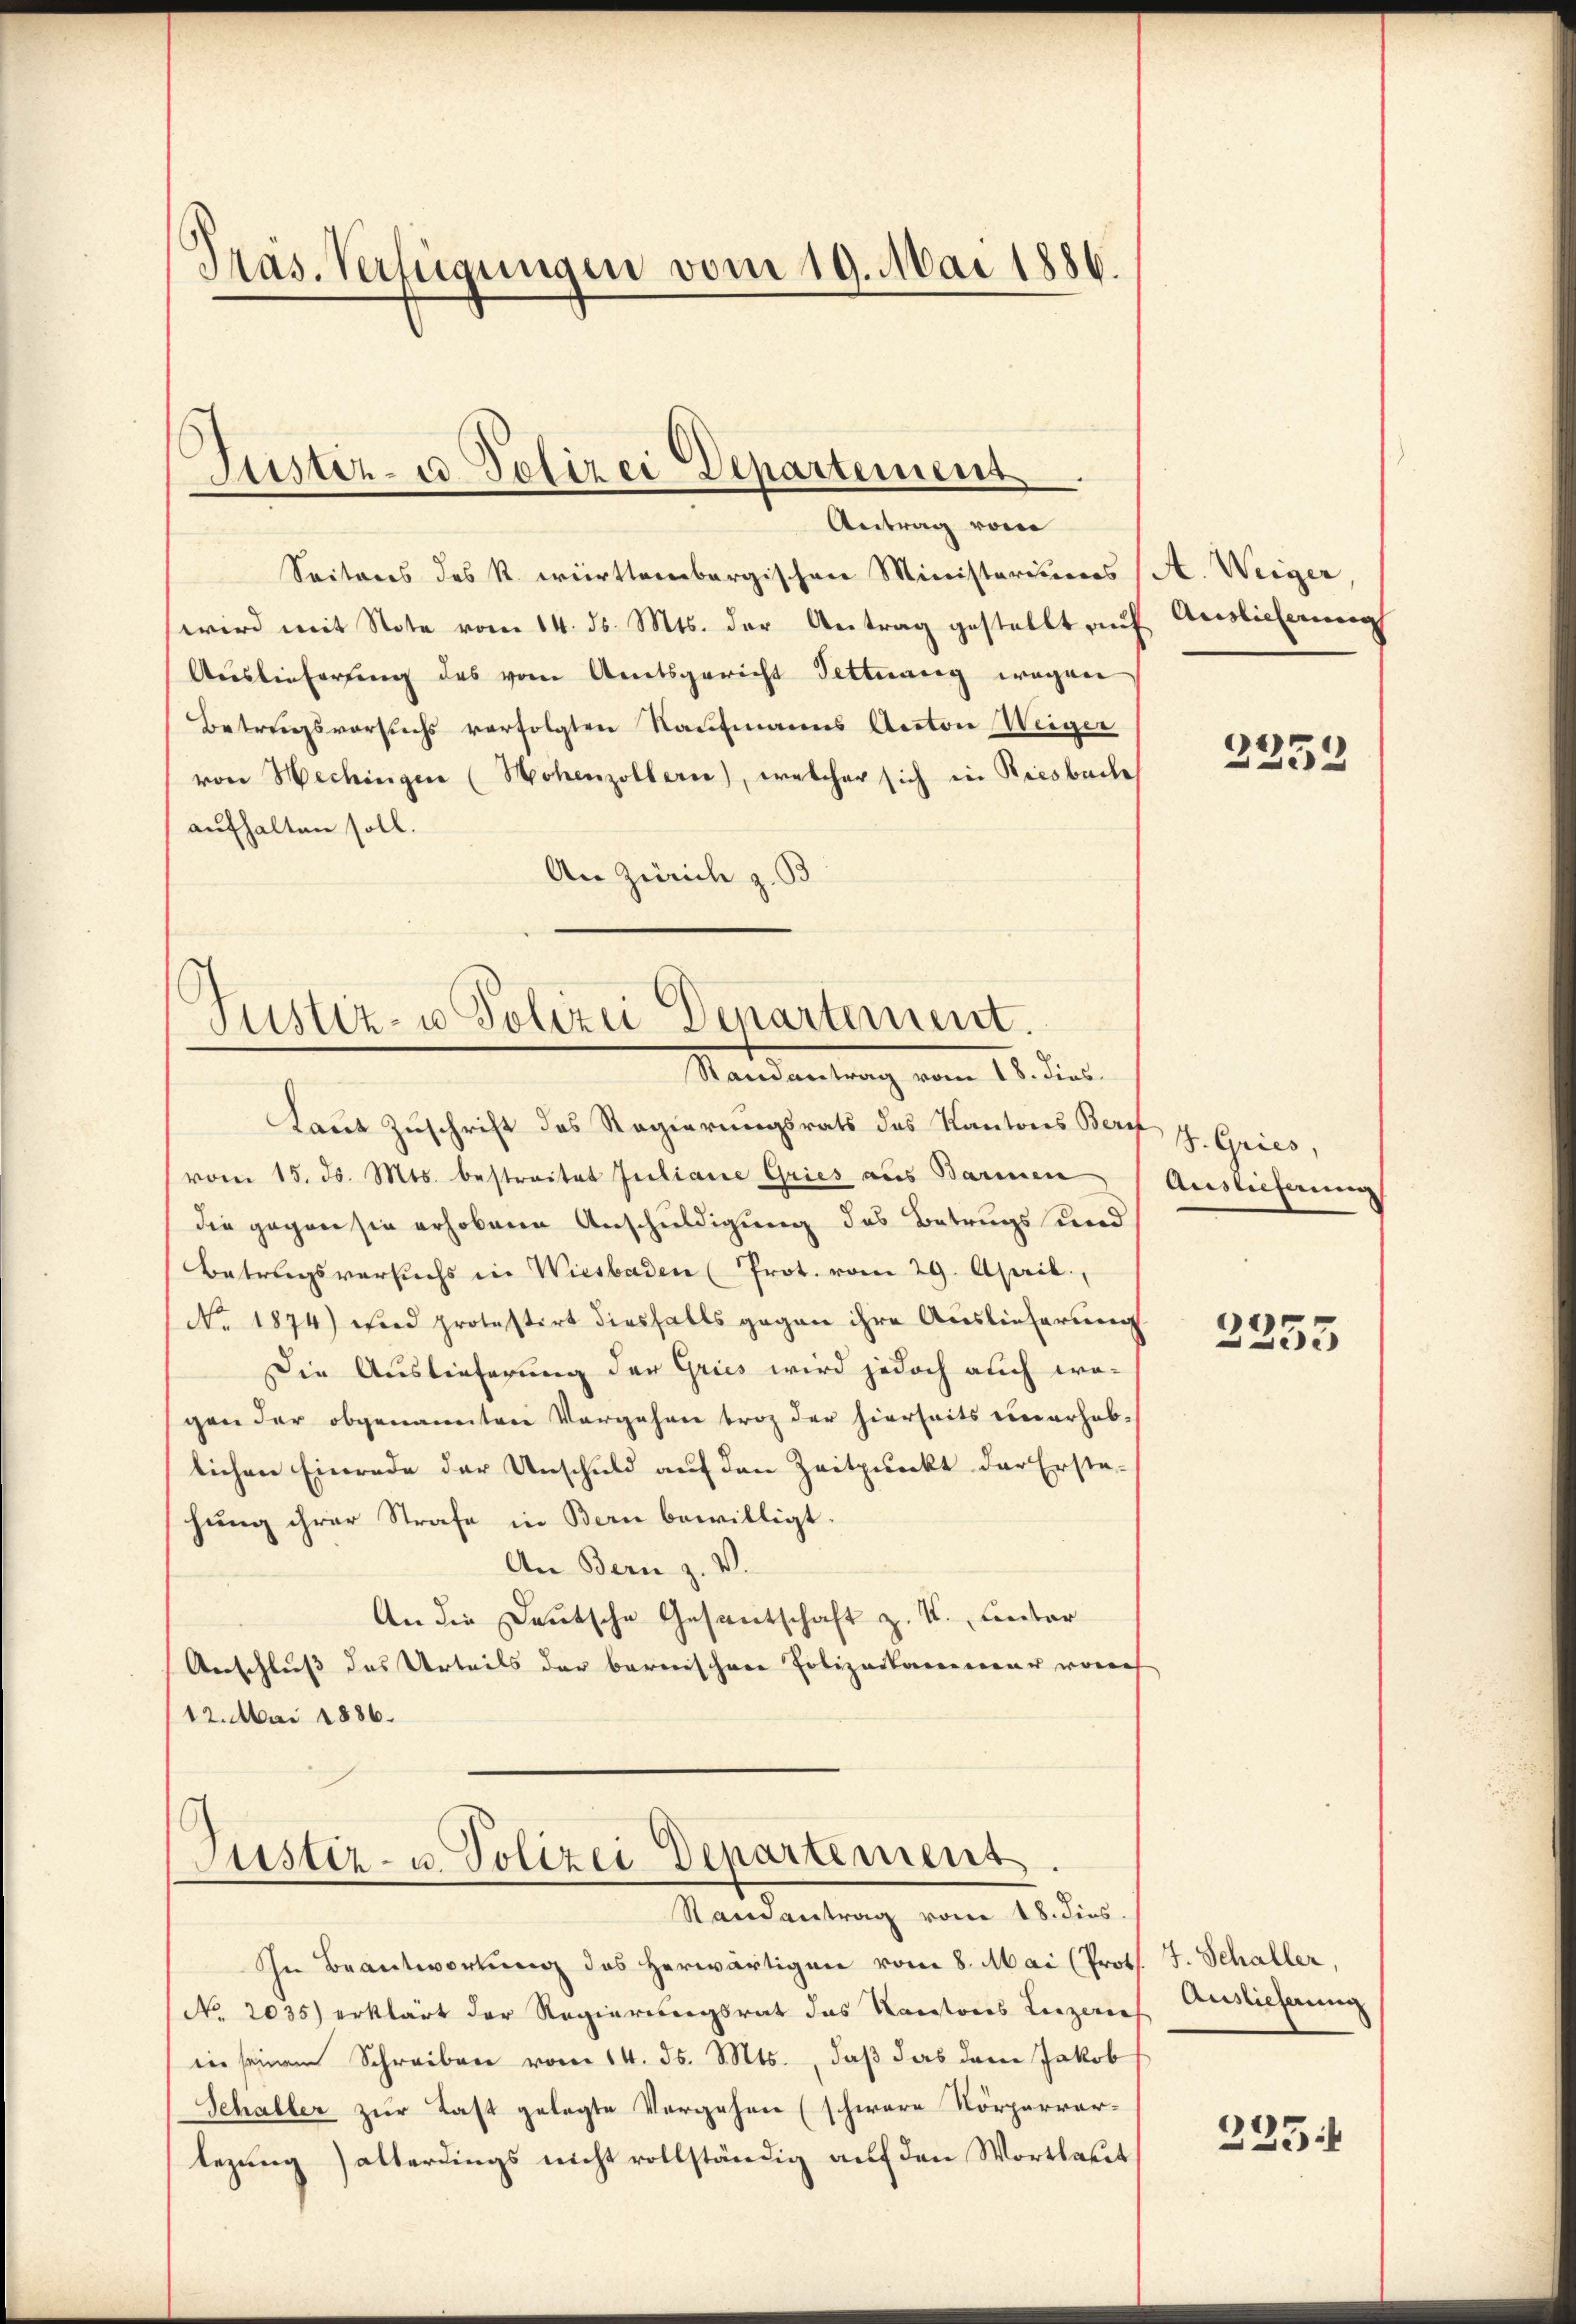
Präs. Verfügungen vom 19. Mai 1886.

Justiz- u Polizei Departement

Antrag vom
Seitens des R. württembergischen Ministeriums (A. Weiger,
wird mit Note vom 14. ds. Mts. der Antrag gestellt auf Auslieferung
Auslieferung des vom Amtsgericht Fettwang wegen
Betragsvorsuchs verfolgten Kaufmanns Anton Weiger
von Hechingen (Hohenzollerne), welcher sich in Riesbache
aufhalten soll.
An Zürich z. B

Justiz- u Polizei Denartement.
Randantrag vom 18. dies

Laut Zuschrift des Regierungsrath des Kantons Bern J. Gries,
vom 15. d. Mts. bestreitet Juliane Gries aus Barmen
die gegen sie erhobene Anschuldigung des Betrugs und
Betragsversuchs in Wiesbaden (Prot. vom 29. April.
No. 1874) wird protestirt diesfalls gegen ihre Auslieferung
Die Auslieferung der Gries wird jedoch auch wogen der obgenannten Vorgehen troz der hierseits einerheb-
lichen Einrede der Unschuld auf den Zeitpunkt der Erste-
hung ihrer Strafe in Bern bewilligt.
An Bern z. V.
An die Deutsche Gesantschaft z. B. unter
Anschluß das Urteils der barenischen Polizeikamineur vorers
12. Mai 1886.

Justiz- u. Polizei Departement
Randantrag vom 18. dies.

In Beantwortung des herwärtigen vom 8. Mai (Prof. J. Schaller,
No. 2035) erklärt der Regierungsrat das Kantons Leizeris Beicherung
in seinem Schreiben vom 14. ds. Mts., daß das dem Jakob
Schaller zur Last gelegte Vergehen (schwere Körpervertezung allerdings nicht vollständig auf den Wortlaut

2253

Auslieferung

2255

235